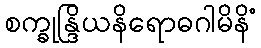
စက္ခုန္ဒြိယနိရောဓဂါမိနိံ